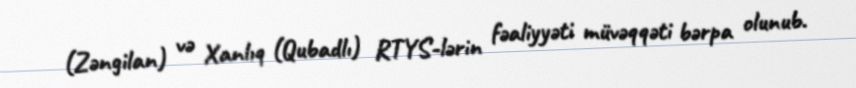
(Zəngilan) və Xanlıq (Qubadlı) RTYS-lərin fəaliyyəti müvəqqəti bərpa olunub.